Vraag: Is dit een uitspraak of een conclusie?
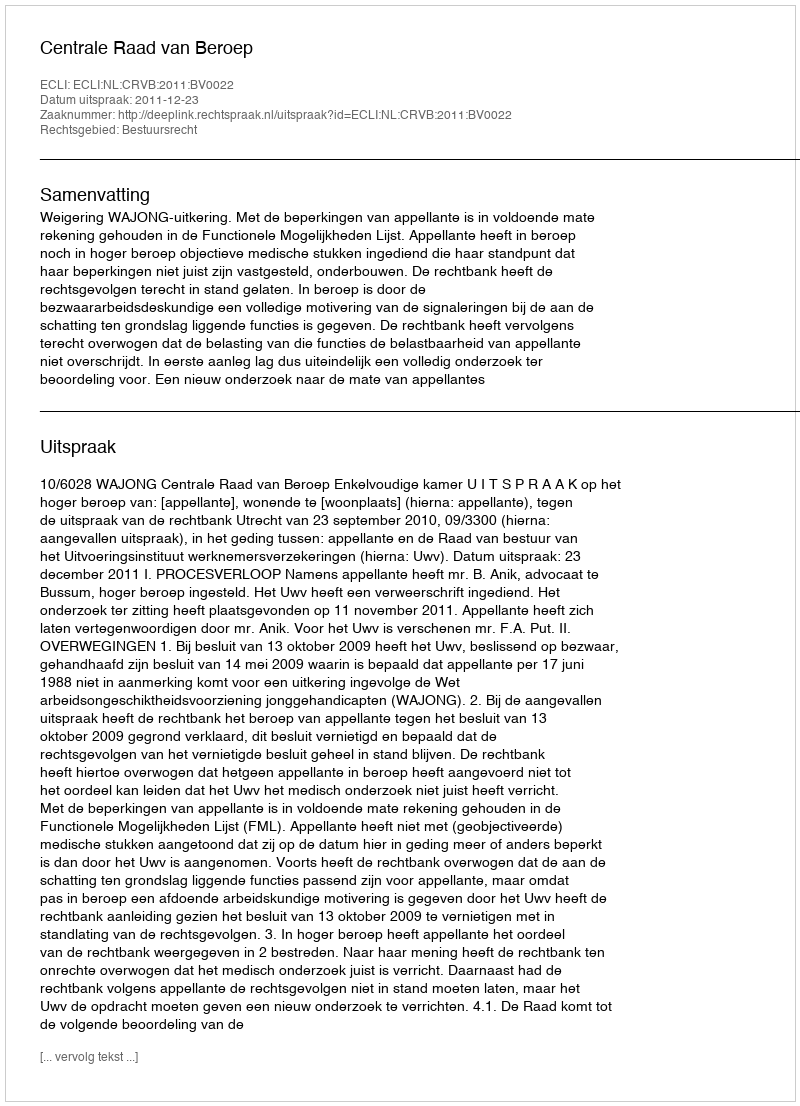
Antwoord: Uitspraak